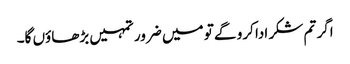
اگر تم شکر ادا کرو گے تو میں ضرور تمہیں بڑھاؤں گا۔